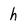
Character: h